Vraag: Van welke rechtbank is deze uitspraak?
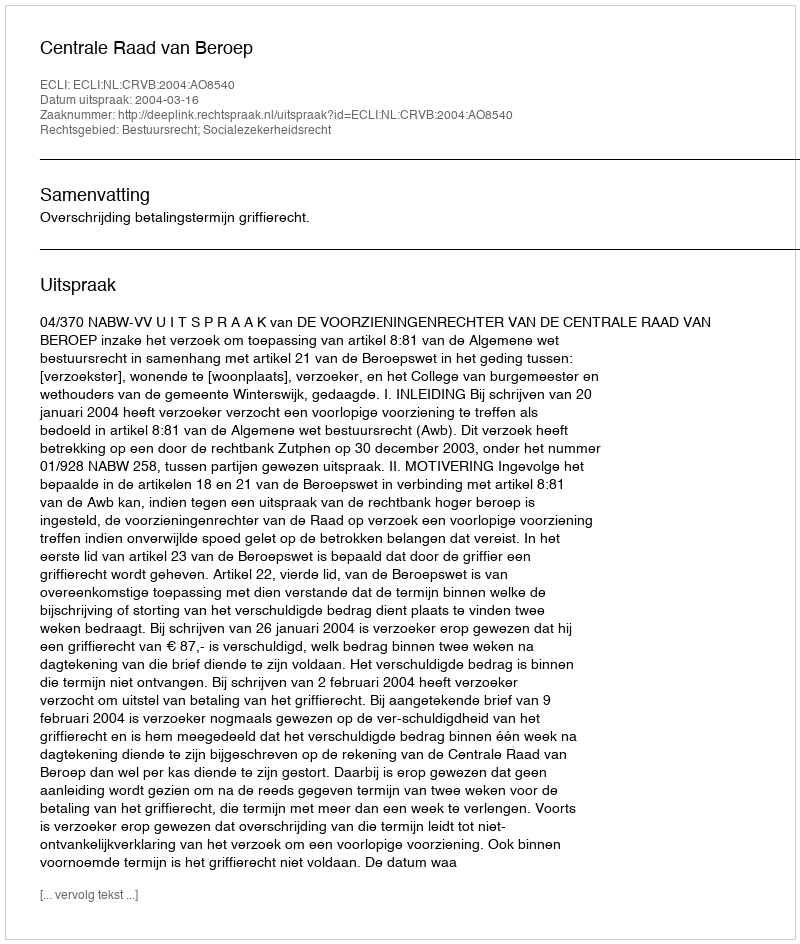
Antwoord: Centrale Raad van Beroep